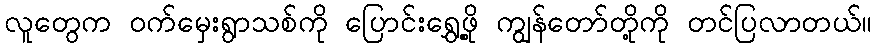
လူတွေက ဝက်မှေးရွာသစ်ကို ပြောင်းရွှေ့ဖို့ ကျွန်တော်တို့ကို တင်ပြလာတယ်။